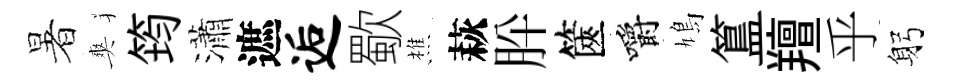
暑爽筠瀟遮逅歜樵萩肸篋嚼鳩簋羶乎躬